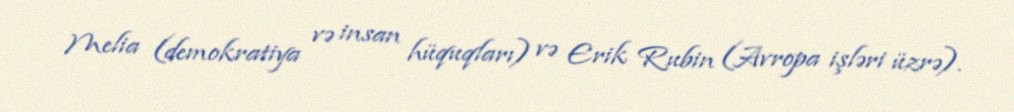
Melia (demokratiya və insan hüquqları) və Erik Rubin (Avropa işləri üzrə).